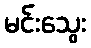
မင်းသွေး